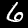
Digit: 6